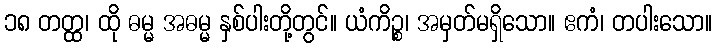
၁၈ တတ္ထ၊ ထို ဓမ္မ အဓမ္မ နှစ်ပါးတို့တွင်။ ယံကိဉ္စ၊ အမှတ်မရှိသော။ ဧကံ၊ တပါးသော။